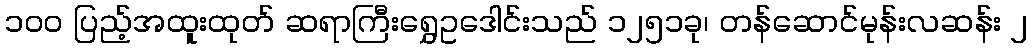
၁၀၀ ပြည့်အထူးထုတ် ဆရာကြီးရွှေဥဒေါင်းသည် ၁၂၅၁ခု၊ တန်ဆောင်မုန်းလဆန်း ၂